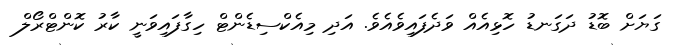
ގަޔަށް ބޮޑު ދަގަނޑު ހޮޅިއެއް ވަދެފައިވެއެވެ. އަދި މިއެކްސިޑެންޓް ހިގާފައިވަނީ ކާރު ކޮންޓްރޯލް